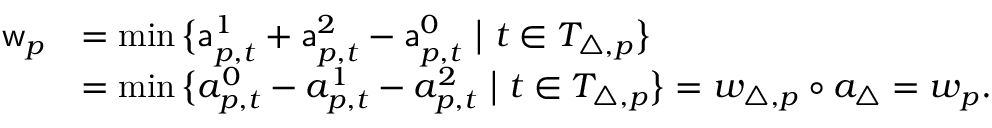
\begin{array} { r l } { \mathsf { w } _ { p } } & { = \operatorname* { m i n } \big \{ \mathsf { a } _ { p , t } ^ { 1 } + \mathsf { a } _ { p , t } ^ { 2 } - \mathsf { a } _ { p , t } ^ { 0 } \ \big | \ t \in T _ { \triangle , p } \big \} } \\ & { = \operatorname* { m i n } \big \{ a _ { p , t } ^ { 0 } - a _ { p , t } ^ { 1 } - a _ { p , t } ^ { 2 } \ \big | \ t \in T _ { \triangle , p } \big \} = w _ { \triangle , p } \circ a _ { \triangle } = w _ { p } . } \end{array}